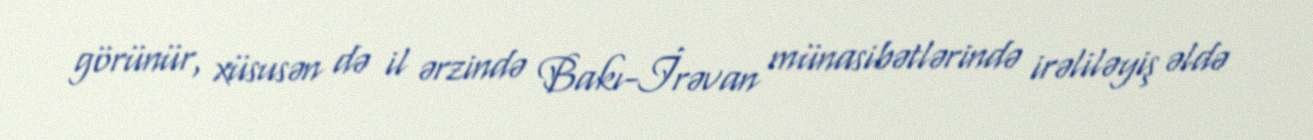
görünür, xüsusən də il ərzində Bakı-İrəvan münasibətlərində irəliləyiş əldə